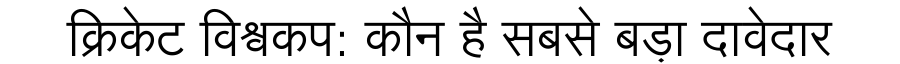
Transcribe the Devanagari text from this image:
क्रिकेट विश्वकप: कौन है सबसे बड़ा दावेदार